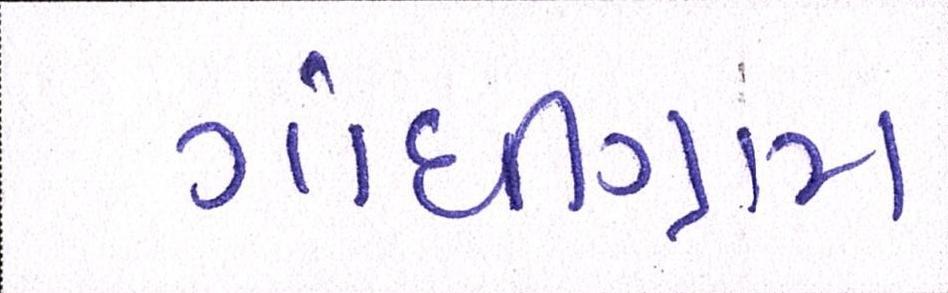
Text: ગાંધીગ્રામ